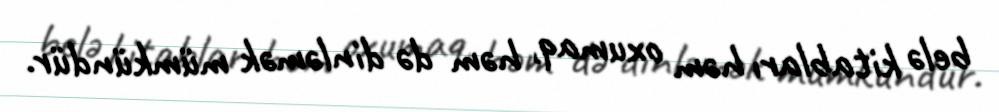
belə kitabları həm oxumaq, həm də dinləmək mümkündür.